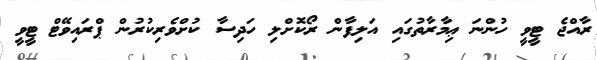
ރާއްޖެ ޓީވީ ހުންނަ ޢިމާރާތުގައި އަލިފާން ރޯކޮށްލި ހަދިސާ ކުށްވެރިކުރުން ޕްރައިވޭޓް ޓީވީ